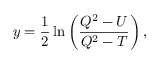
y = \frac { 1 } { 2 } \ln \left( \frac { Q ^ { 2 } - U } { Q ^ { 2 } - T } \right) ,